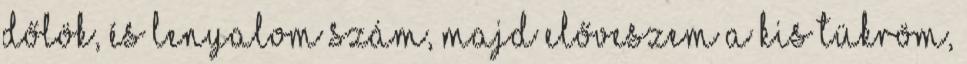
dőlök, és lenyalom szám, majd előveszem a kis tükröm,